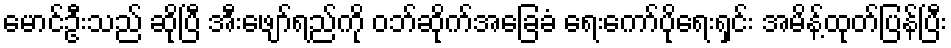
မောင်ဦးသည် ဆိုပြီ အီးဖျော်ရည်ကို ဝဘ်ဆိုက်အခြေခံ ရေးကော်ပိုရေးရှင်း အမိန့်ထုတ်ပြန်ပြီး